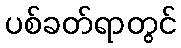
ပစ်ခတ်ရာတွင်